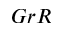
G r R